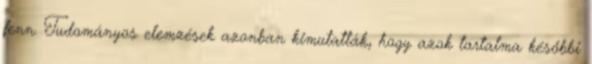
fenn. Tudományos elemzések azonban kimutatták, hogy azok tartalma későbbi